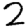
Digit: 2